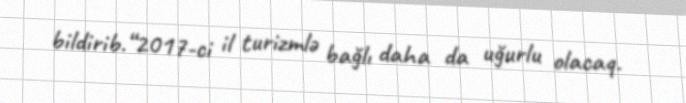
bildirib.“2017-ci il turizmlə bağlı daha da uğurlu olacaq.